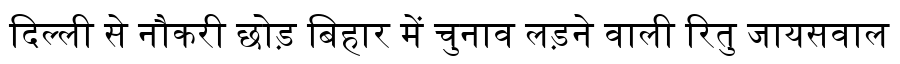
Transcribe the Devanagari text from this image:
दिल्ली से नौकरी छोड़ बिहार में चुनाव लड़ने वाली रितु जायसवाल